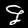
Digit: 9